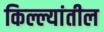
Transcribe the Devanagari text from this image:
किल्ल्यांतील